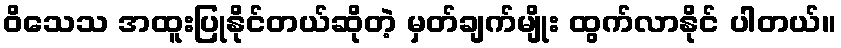
ဝိသေသ အထူးပြုနိုင်တယ်ဆိုတဲ့ မှတ်ချက်မျိုး ထွက်လာနိုင် ပါတယ်။